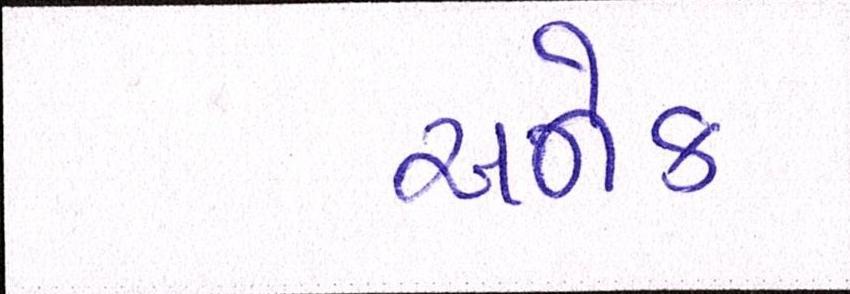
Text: અનેક